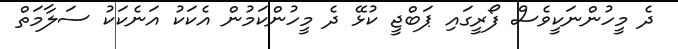
ދެ މީހުންނަކީވެސް ފޯރީގައި ޕަބްޖީ ކުޅޭ ދެ މީހުންކަމުން އެކަކު އަނެކަކު ސަލާމަތް